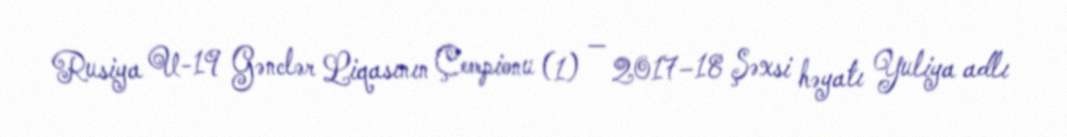
Rusiya U-19 Gənclər Liqasının Çempionu (1) — 2017–18 Şəxsi həyatı Yuliya adlı